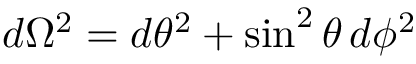
d \Omega ^ { 2 } = d \theta ^ { 2 } + \sin ^ { 2 } \theta \, d \phi ^ { 2 }